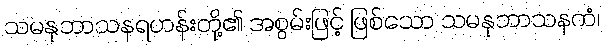
သမနုဘာသနရဟန်းတို့၏ အစွမ်းဖြင့် ဖြစ်သော သမနုဘာသနကံ၊